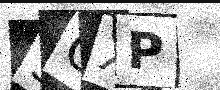
Text: 3GXP